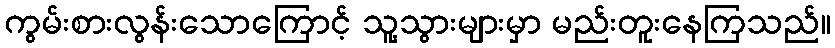
ကွမ်းစားလွန်းသောကြောင့် သူ့သွားများမှာ မည်းတူးနေကြသည်။